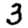
Digit: 3